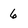
Character: 6